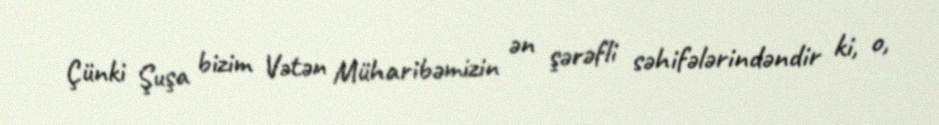
Çünki Şuşa bizim Vətən Müharibəmizin ən şərəfli səhifələrindəndir ki, o,